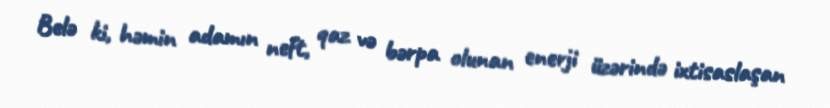
Belə ki, həmin adamın neft, qaz və bərpa olunan enerji üzərində ixtisaslaşan